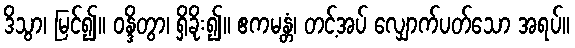
ဒိသွာ၊ မြင်၍။ ဝန္ဒိတွာ၊ ရှိခိုး၍။ ဧကမန္တံ၊ တင့်အပ် လျှောက်ပတ်သော အရပ်။